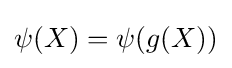
{\textstyle \psi (X)=\psi (g(X))}